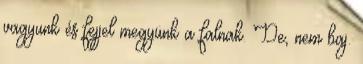
vagyunk és fejjel megyünk a falnak. De, nem baj.